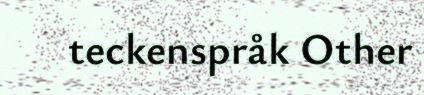
teckenspråk Other